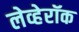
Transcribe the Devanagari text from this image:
लेव्हेरॉक